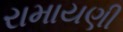
રામાયણી